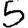
Digit: 5